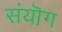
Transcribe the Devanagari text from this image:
संयॊग